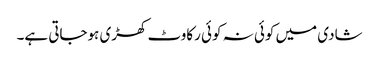
شادی میں کوئی نہ کوئی رکاوٹ کھڑی ہوجاتی ہے۔